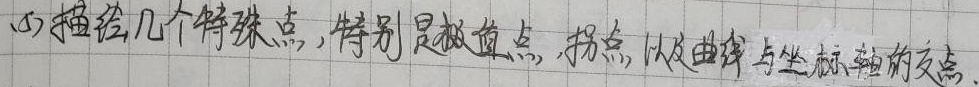
(4)描绘几个特殊点，特别是极值点，拐点，以及曲线与坐标轴的交点.